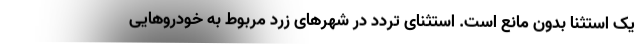
یک استثنا بدون مانع است. استثنای تردد در شهرهای زرد مربوط به خودروهایی